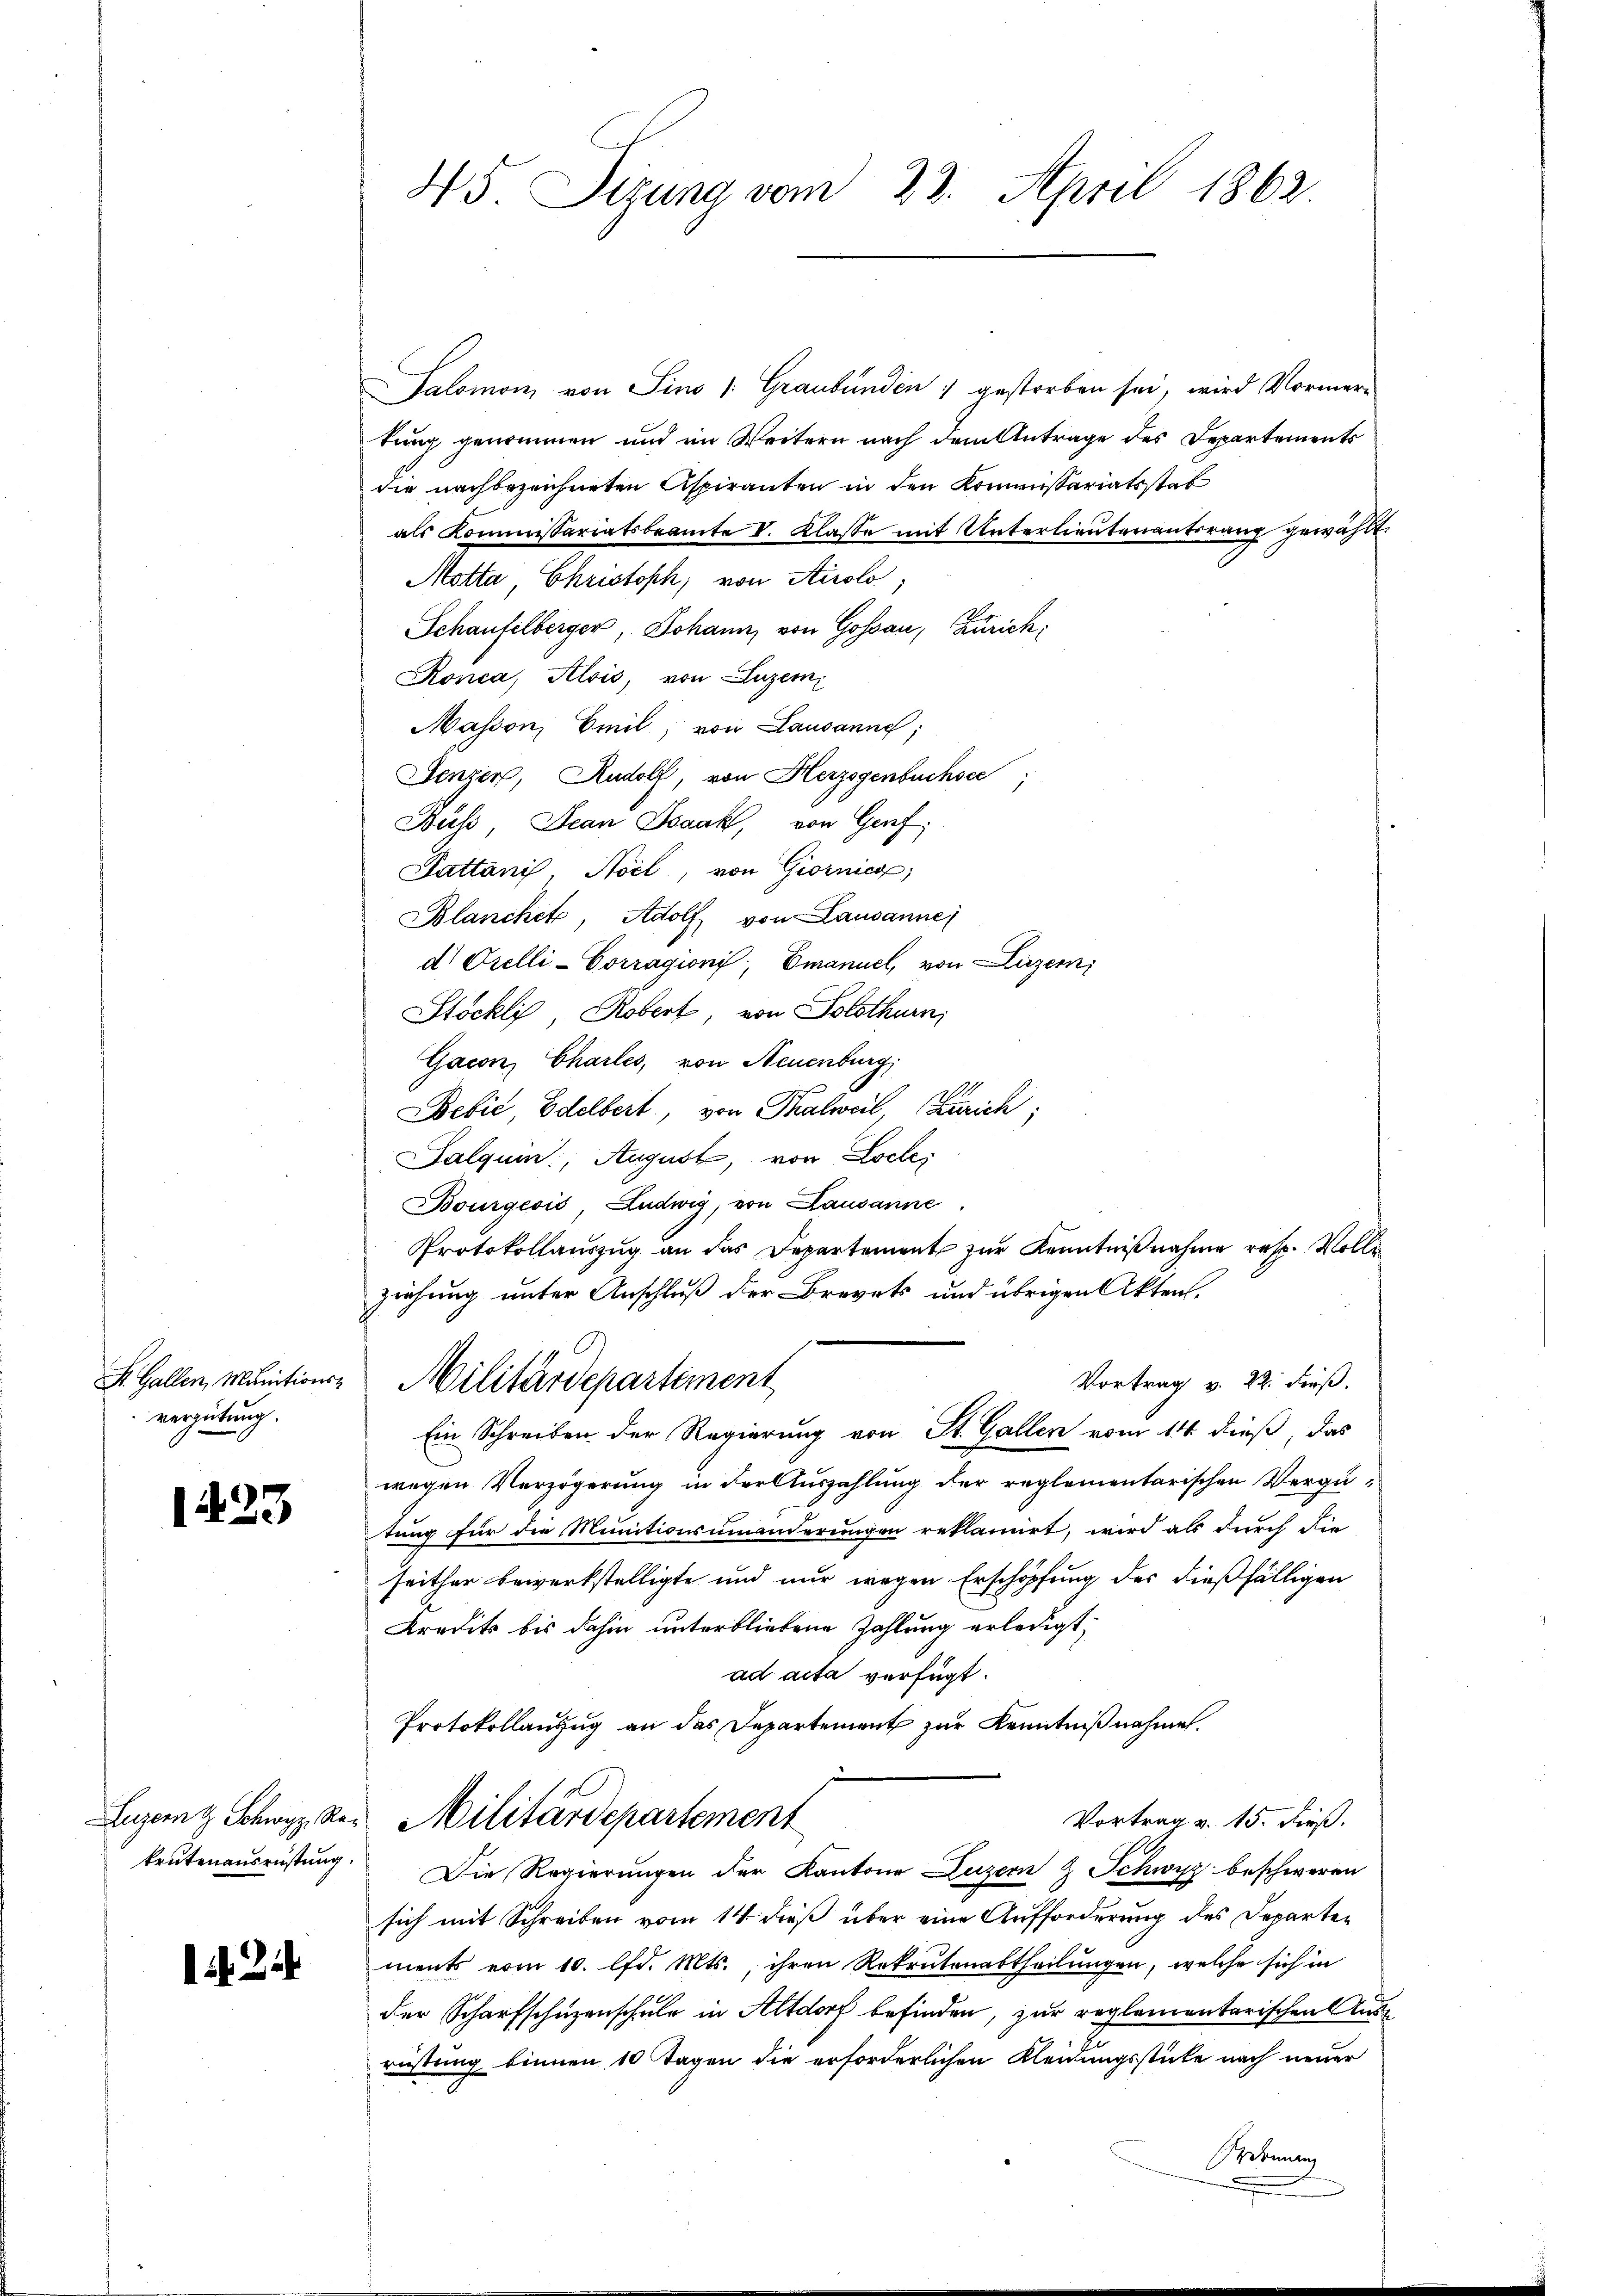
45. Sizung vom 22. April 1862.

Salomon von Sino 1: Graubünden gestorben sei, wird Vormertung genommen und im Weitern nach dem Antrage des Departements
die nachbezeichneten Aspiranten in den Kommissariatsstat
als Kommissariatsbeamte V. Klasse mit Unterlieutenantsrang gewählt.
Motta, Christoph, von Airolo
Schaufelberger, Johann, von Gossau, Zürich
Ronca, Alois, von Luzern,
Massen, Emil, von Lausanne;
Jenzer, Rudolf, von Herzogenbuchsee
Kuss, Jean Joaak, von Genf;
Dattanis, Nocl, von Giornies
Blanchete, Adolf von Lausanne
d. Orelli-Corragioni, Emanuel, von Luzern,
Stöckli, Robert, von Solothurn,
Gacon Charles, von Neuenburg
Bebić, Edelbert, von Thalweil, Zürich;
Galquin, August, von Loche
Bourgeois Ludwig, von Lausanne
Protokollauszug an das Departement zur Kenntnißnahme resp. Volle
ziehung unter Anschluß der Brevets und übrigen Akten.
S. Gallen, Munitions-Militärdepartiment
Vortrag v. 22. dieß.
vergütung.
Ein Schreiben der Regierung von St. Gallen vom 14. dieß, das
wegen Verzögerung in der Auszahlung der reglementarischen Vergü¬
1423
tung für die Munitionsumänderungen reklamirt, wird als durch die
seither bewerkstelligte und nur wegen Erschöpfung der dießfälligen
Kredit bis dahin unterbliebene Zahlung erledigt,
ad acta verfügt:
Protokollanzug an das Departement zur Kenntnißnahme.
Luzern Schwyz des Militärdepartement
Vortrag v. 15. Freß.
keutenausrüstung. Die Regierungen der Kantone Luzern & Schwyz beschweren
sich mit Schreiben vom 14. dieß über eine Aufforderung des Departements vom 10. lfd. Mts., ihren Rekrutenabtheilungen, welche sich in
lit. 214
der Scharfschuzenschule in Altdorf befinden, zur reglementarischen Ausrüstung binnen 10 Tagen die erforderlichen Kleidungsstücke nach neuer
bnung